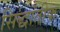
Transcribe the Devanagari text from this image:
सिद्धांतीक